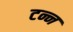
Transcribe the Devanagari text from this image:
टन्न